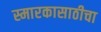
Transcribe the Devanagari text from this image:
स्मारकासाठीचा